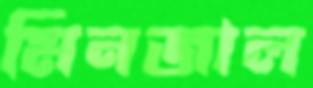
মিনজাল